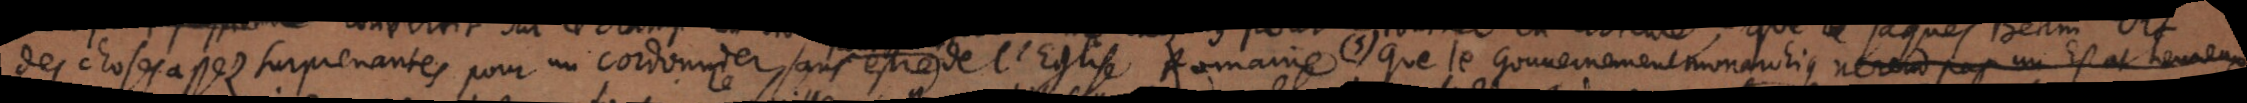
des choses assez surprenantes pour un cordonnier, sans estre de l’Eglise Romaine. 5) Que le Gouvernement monarchique ne rend pas un Estat heureux